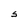
Character: S